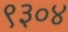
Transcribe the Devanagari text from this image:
९३०४